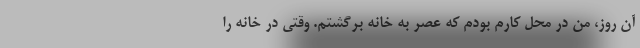
آن روز، من در محل کارم بودم که عصر به خانه برگشتم. وقتی در خانه را